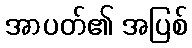
အာပတ်၏ အပြစ်